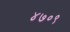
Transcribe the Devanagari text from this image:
४७०९